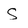
Character: S